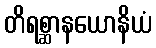
တိရစ္ဆာနယောနိယံ